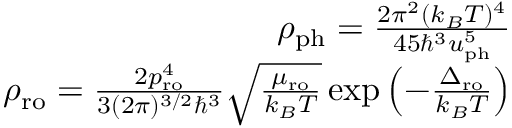
\begin{array} { r l r } & { } & { \rho _ { \mathrm { p h } } = \frac { 2 \pi ^ { 2 } ( k _ { B } T ) ^ { 4 } } { 4 5 \hbar ^ { 3 } u _ { \mathrm { p h } } ^ { 5 } } } \\ & { } & { \rho _ { \mathrm { r o } } = \frac { 2 p _ { \mathrm { r o } } ^ { 4 } } { 3 ( 2 \pi ) ^ { 3 / 2 } \hbar ^ { 3 } } \sqrt { \frac { \mu _ { \mathrm { r o } } } { k _ { B } T } } \exp \left( - \frac { \Delta _ { \mathrm { r o } } } { k _ { B } T } \right) } \end{array}